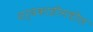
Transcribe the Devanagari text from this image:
सर्वकाहीमधील